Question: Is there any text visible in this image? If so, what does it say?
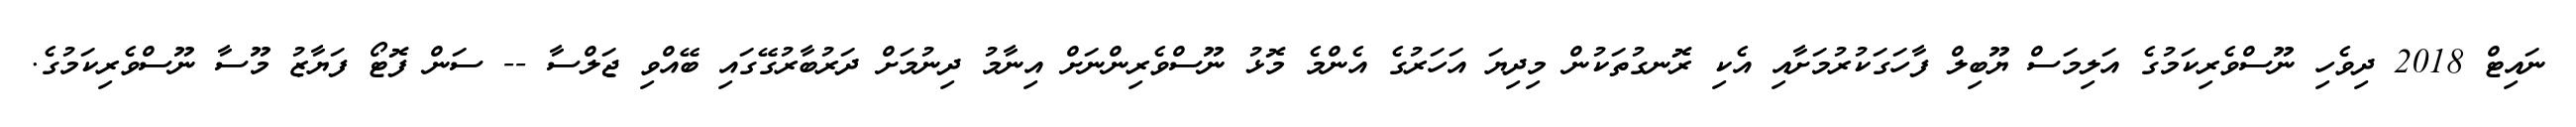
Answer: ނައިޓް 2018 ދިވެހި ނޫސްވެރިކަމުގެ އަލިމަސް ޔޫބިލް ފާހަގަކުރުމަށާއި އެކި ރޮނގުތަކުން މިދިޔަ އަހަރުގެ އެންމެ މޮޅު ނޫސްވެރިންނަށް އިނާމު ދިނުމަށް ދަރުބާރުގޭގައި ބޭއްވި ޖަލްސާ -- ސަން ފޮޓޯ ފަޔާޒު މޫސާ ނޫސްވެރިކަމުގެ.